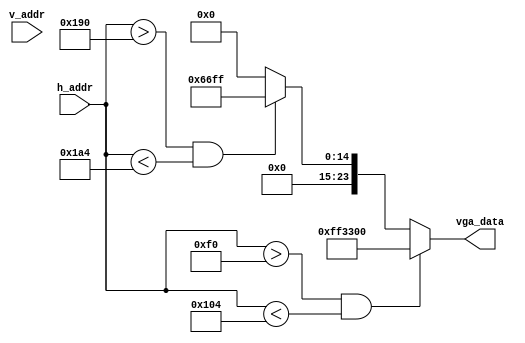
module getcolor(input [9:0] h_addr,input [9:0] v_addr,output reg [23:0] vga_data);
	
	initial begin
		vga_data=24'h000000;
	end
		
	
	always @(h_addr)
	begin
		if(h_addr>240 && h_addr<260)
			vga_data<=24'hFF3300;
		else if(h_addr>400 && h_addr<420)
			vga_data<=24'h0066FF;
		else
			vga_data<=24'h000000;
	end

endmodule